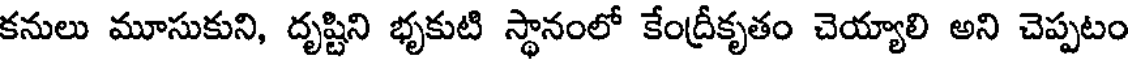
కనులు మూసుకుని, దృష్టిని భృకుటి స్థానంలో కేంద్రీకృతం చెయ్యాలి అని చెప్పటం